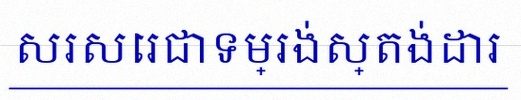
សរសេរជាទម្រង់ស្តង់ដារ